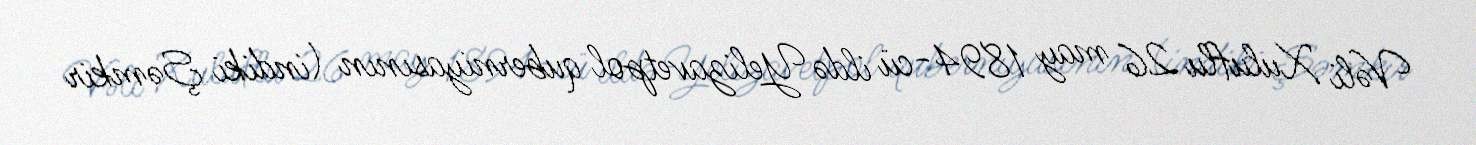
Vəli Xuluflu 26 may 1894-cü ildə Yelizavetpol quberniyasının (indiki Şəmkir